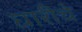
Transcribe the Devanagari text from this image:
घारीचे